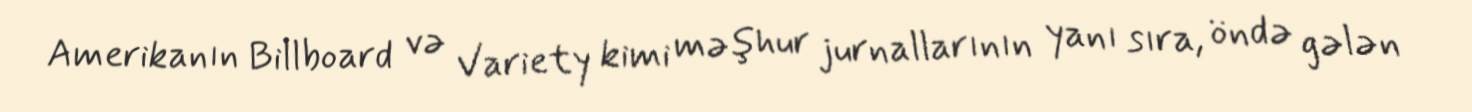
Amerikanın Billboard və Variety kimi məşhur jurnallarının yanı sıra, öndə gələn